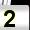
Digit: 2